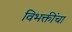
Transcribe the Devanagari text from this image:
विभक्तींचा